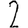
Digit: 2